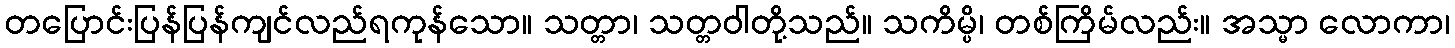
တပြောင်းပြန်ပြန်ကျင်လည်ရကုန်သော။ သတ္တာ၊ သတ္တဝါတို့သည်။ သကိမ္ပိ၊ တစ်ကြိမ်လည်း။ အသ္မာ လောကာ၊